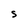
Character: S